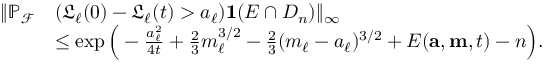
\begin{array} { r l } { \| \mathbb { P } _ { \mathcal { F } } } & { ( \mathfrak { L } _ { \ell } ( 0 ) - \mathfrak { L } _ { \ell } ( t ) > a _ { \ell } ) \mathbf { 1 } ( E \cap D _ { n } ) \| _ { \infty } } \\ & { \le \exp \Big ( - \frac { a _ { \ell } ^ { 2 } } { 4 t } + \frac { 2 } { 3 } m _ { \ell } ^ { 3 / 2 } - \frac { 2 } { 3 } ( m _ { \ell } - a _ { \ell } ) ^ { 3 / 2 } + E ( \mathbf { a } , \mathbf { m } , t ) - n \Big ) . } \end{array}